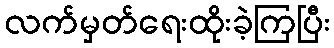
လက်မှတ်ရေးထိုးခဲ့ကြပြီး